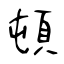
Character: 頓